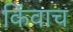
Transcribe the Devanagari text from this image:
किंवाच